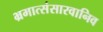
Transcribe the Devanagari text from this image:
भ्रमात्संसारवानिव